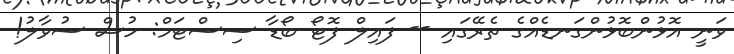
ވަނީ އޮޅުންބޮޅުންގަނޑެއްގެ ތެރޭގައި -- ފައިލް ފޮޓޯ ބޯޑާ ސިސްޓަމް: ހުސް ސުވާލު!